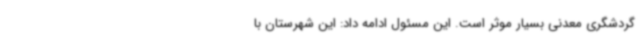
گردشگری معدنی بسیار موثر است. این مسئول ادامه داد: این شهرستان با